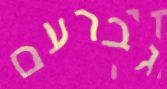
גברעם